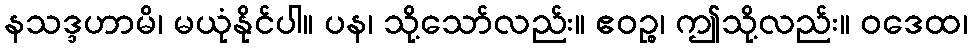
နသဒ္ဒဟာမိ၊ မယုံနိုင်ပါ။ ပန၊ သို့သော်လည်း။ ဧဝဉ္စ၊ ဤသို့လည်း။ ဝဒေထ၊